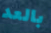
بالعد